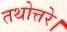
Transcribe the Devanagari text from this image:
तथोत्तरे।